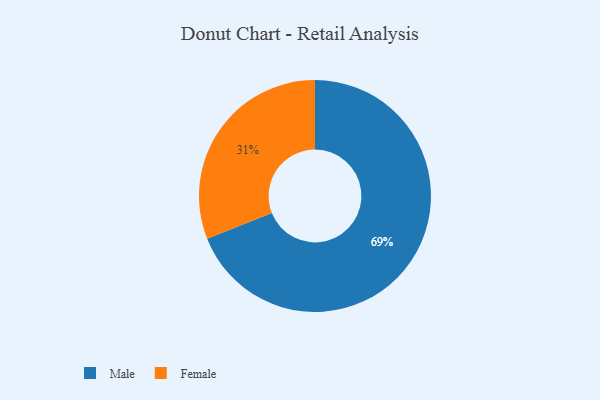
{"axis": {"x": "Category", "y": "Percentage"}, "legend": ["Female", "Male"], "data": [{"x": "Male", "y": 69, "type": "Male"}, {"x": "Female", "y": 31, "type": "Female"}]}